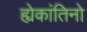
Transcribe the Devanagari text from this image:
ह्येकांतिनो